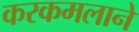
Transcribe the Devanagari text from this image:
करकमलाने